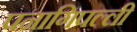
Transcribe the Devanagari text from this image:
पनागिपल्ली